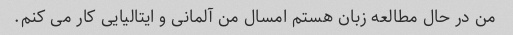
من در حال مطالعه زبان هستم امسال من آلمانی و ایتالیایی کار می کنم.